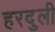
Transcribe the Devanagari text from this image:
हरदुली